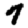
Digit: 7